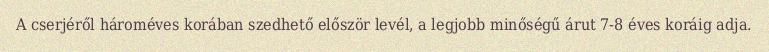
A cserjéről hároméves korában szedhető először levél, a legjobb minőségű árut 7-8 éves koráig adja.